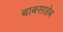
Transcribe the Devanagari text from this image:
बाबसाहेब